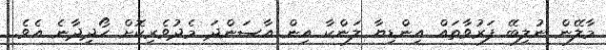
މާލޭން ނުލިބޭ ފަރުވާތައް އިންޑިޔާ ލަންކާ އިން އާސަންދަ މެދުވެރިކޮށް ހޯދިދާނެ އެވެ.